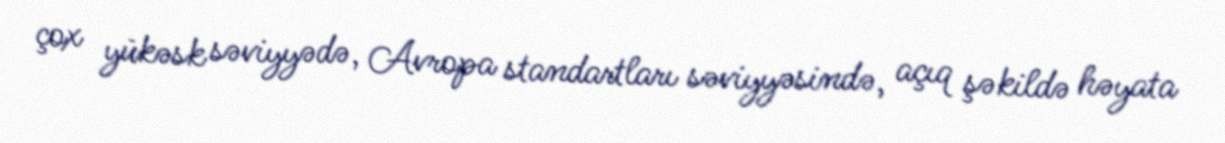
çox yükəsk səviyyədə, Avropa standartları səviyyəsində, açıq şəkildə həyata